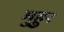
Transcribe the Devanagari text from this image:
मुहुर